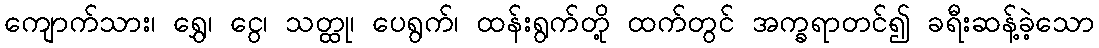
ကျောက်သား၊ ရွှေ၊ ငွေ၊ သတ္ထု၊ ပေရွက်၊ ထန်းရွက်တို့ ထက်တွင် အက္ခရာတင်၍ ခရီးဆန့်ခဲ့သော